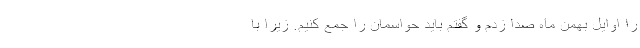
را اوایل بهمن ماه صدا زدم و گفتم باید حواسمان را جمع کنیم. زیرا با